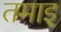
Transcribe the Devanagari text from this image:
तमाइ